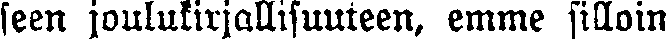
seen joulukirjallisuuteen, emme silloin